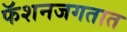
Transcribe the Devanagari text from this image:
फॅशनजगतात